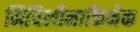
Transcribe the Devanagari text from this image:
मिचिलीमाकिनेक